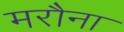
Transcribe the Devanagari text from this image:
मरौना